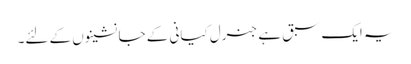
یہ ایک سبق ہے جنرل کیانی کے جانشینوں کے لئے۔